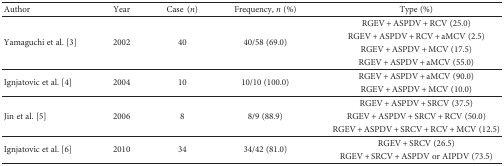
| Author | Year | Case (n) | Frequency, n (%) | Type (%) |
 | --- | --- | --- | --- | --- |
 | <ROWSPAN=4> Yamaguchi et al. [3] | <ROWSPAN=4> 2002 | <ROWSPAN=4> 40 | <ROWSPAN=4> 40/58 (69.0) | RGEV + ASPDV + RCV (25.0) |
 | RGEV + ASPDV + RCV + aMCV (2.5) |
 | RGEV + ASPDV + MCV (17.5) |
 | RGEV + ASPDV + aMCV (55.0) |
 | <ROWSPAN=2> Ignjatovic et al. [4] | <ROWSPAN=2> 2004 | <ROWSPAN=2> 10 | <ROWSPAN=2> 10/10 (100.0) | RGEV + ASPDV + aMCV (90.0) |
 | RGEV + ASPDV + MCV (10.0) |
 | <ROWSPAN=3> Jin et al. [5] | <ROWSPAN=3> 2006 | <ROWSPAN=3> 8 | <ROWSPAN=3> 8/9 (88.9) | RGEV + ASPDV + SRCV (37.5) |
 | RGEV + ASPDV + SRCV + RCV (50.0) |
 | RGEV + ASPDV + SRCV + RCV + MCV (12.5) |
 | <ROWSPAN=2> Ignjatovic et al. [6] | <ROWSPAN=2> 2010 | <ROWSPAN=2> 34 | <ROWSPAN=2> 34/42 (81.0) | RGEV + SRCV (26.5) |
 | RGEV + SRCV + ASPDV or AIPDV (73.5) |